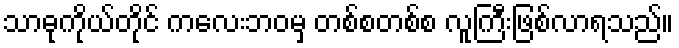
သာဓုကိုယ်တိုင် ကလေးဘဝမှ တစ်စတစ်စ လူကြီးဖြစ်လာရသည်။